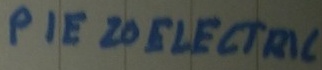
Text: PEIZO ELECTRIC